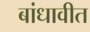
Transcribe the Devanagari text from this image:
बांधावीत